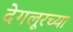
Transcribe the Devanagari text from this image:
देगलूरच्या